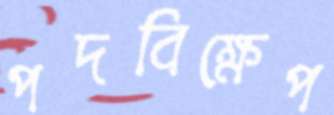
পদবিক্ষেপ